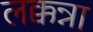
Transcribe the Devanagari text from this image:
लक्कन्ना